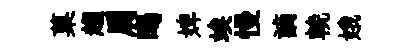
菓趨肩暍婢竢慢謫輓娥